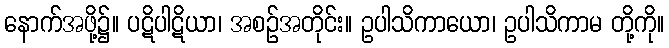
နောက်အဖို့၌။ ပဋိပါဋိယာ၊ အစဉ်အတိုင်း။ ဥပါသိကာယော၊ ဥပါသိကာမ တို့ကို။